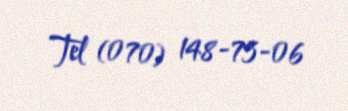
Tel (070) 148-75-06